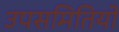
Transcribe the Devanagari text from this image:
उपसमितियों